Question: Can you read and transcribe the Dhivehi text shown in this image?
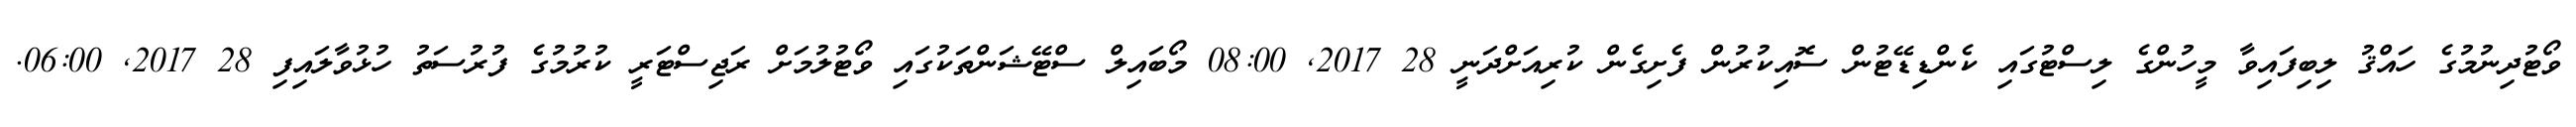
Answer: ވޯޓުދިނުމުގެ ހައްޤު ލިބިފައިވާ މީހުންގެ ލިސްޓުގައި ކެންޑިޑޭޓުން ސޮއިކުރުން ފެށިގެން ކުރިއަށްދަނީ 28 2017, 08:00 މޯބައިލް ސްޓޭޝަންތަކުގައި ވޯޓުލުމަށް ރަޖިސްޓަރީ ކުރުމުގެ ފުރުސަތު ހުޅުވާލައިފި 28 2017, 06:00.